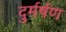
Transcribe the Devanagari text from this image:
दुर्मर्षण